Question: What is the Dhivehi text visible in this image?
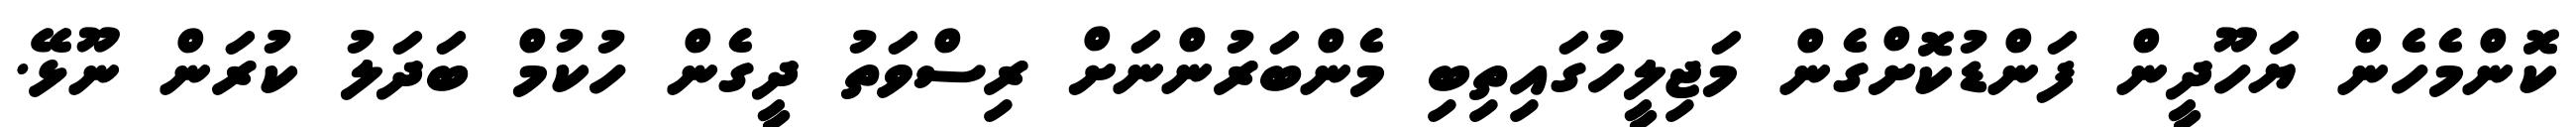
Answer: ކޮންމެހެން ޔަހޫދީން ފަންޑުކޮށްގެން މަޖިލީހުގައިތިބި މެންބަރުންނަށް ރިސްވަތު ދީގެން ހުކުމް ބަދަލު ކުރަން ނޫޅޭ.